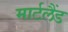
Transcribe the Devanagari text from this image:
मार्टलैंड